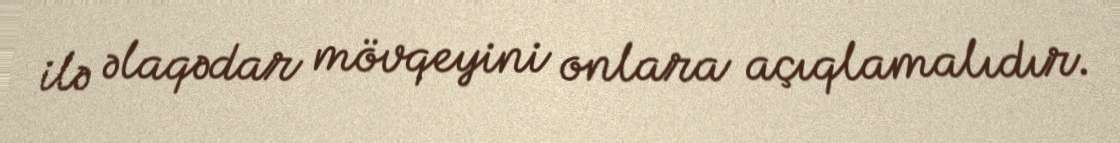
ilə əlaqədar mövqeyini onlara açıqlamalıdır.